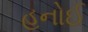
હનોઈ